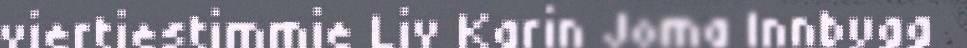
viertiestimmie Liv Karin Joma Innbygg